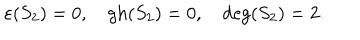
\varepsilon ( S _ { 2 } ) = 0 , \quad \mathrm { g h } ( S _ { 2 } ) = 0 , \quad \mathrm { d e g } ( S _ { 2 } ) = 2 .